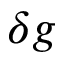
\delta g